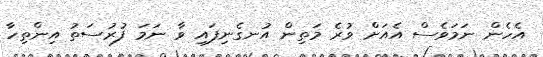
އެހެން ނަމަވެސް އެއަށް ވުރެ މަތިން އުނގެނިފައި ވާ ނަމަ ފުރުސަތު އިންތިހާ